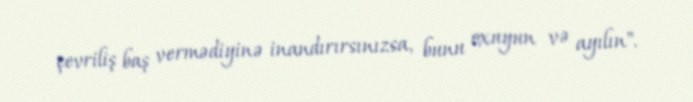
çevriliş baş vermədiyinə inandırırsınızsa, bunu oxuyun və ayılın".